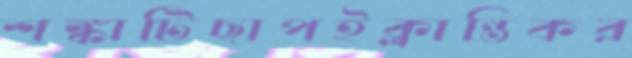
শঙ্কাটিছাপইক্লান্তিকর